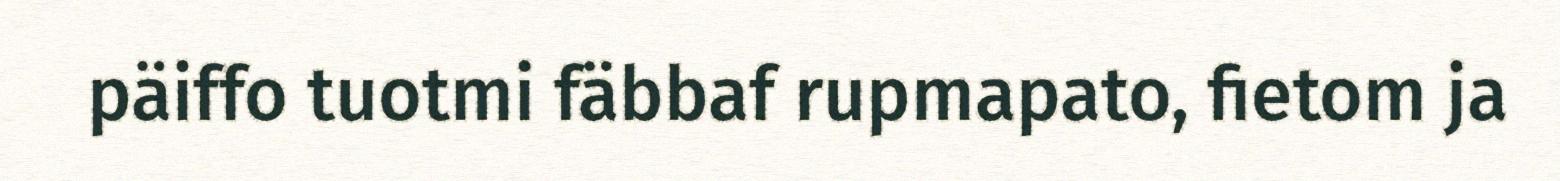
päiffo tuotmi fäbbaf rupmapato, fietom ja